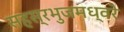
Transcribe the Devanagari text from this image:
सहस्रभुजमध्वरे